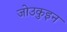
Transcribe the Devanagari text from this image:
जो॑उकुइन